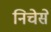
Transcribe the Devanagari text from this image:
निचेसे